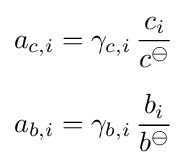
{\begin{aligned}a_{c,i}&=\gamma _{c,i}\,{\frac {c_{i}}{c^{\ominus }}}\\[6px]a_{b,i}&=\gamma _{b,i}\,{\frac {b_{i}}{b^{\ominus }}}\end{aligned}}